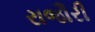
રાજૌરી